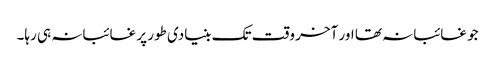
جو غائبانہ تھا اور آخر وقت تک بنیادی طور پر غائبانہ ہی رہا۔